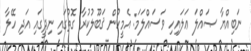
ނަބިއްޔާ ޞައްލަ ޢަލައިހި ވަސައްލަމަ: އެމީހުން ޤަބޫލުކުރާ ގޮތުގައި ނިދީގައި އަދި ހޭލާ